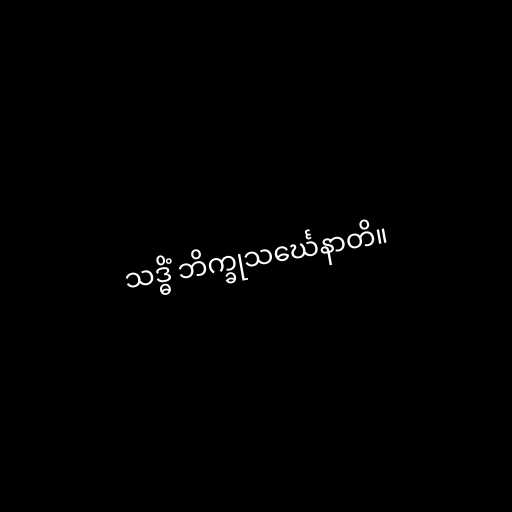
သဒ္ဓိံ ဘိက္ခုသင်္ဃေနာတိ။